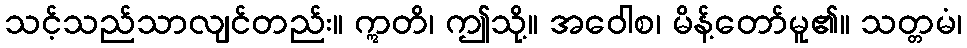
သင့်သည်သာလျင်တည်း။ ဣတိ၊ ဤသို့။ အဝေါစ၊ မိန့်တော်မူ၏။ သတ္တမံ၊